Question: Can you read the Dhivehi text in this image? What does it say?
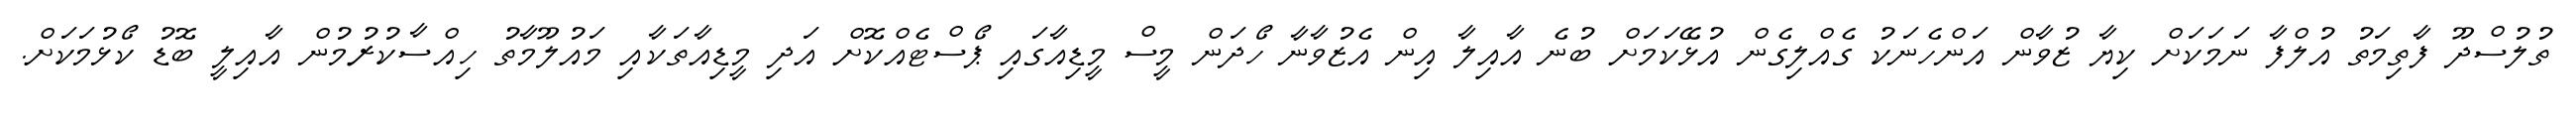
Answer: ތުލުސްދޫ ފާތިމަތު އުލްފާ ނަމަކަށް ކިޔާ ޒުވާން އަންހެނަކު ގެއްލިގެން އުޅޭކަމަށް ބުނެ އާއިލާ އިން އެޒުވާނާ ހޯދަން މީސް މީޑިއާގައި ޕޯސްޓެއްކޮށް އަދި މީޑިއާތަކާއި މައުލޫމާތު ހިއްސާކުރުމުން އާއިލީ ބޮޑު ކޯޅުމަކަށް.